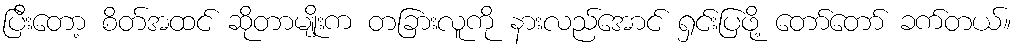
ပြီးတော့ စိတ်အထင် ဆိုတာမျိုးက တခြားလူကို နားလည်အောင် ရှင်းပြဖို့ တော်တော် ခက်တယ်။